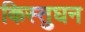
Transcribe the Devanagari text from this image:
किस्तुघन